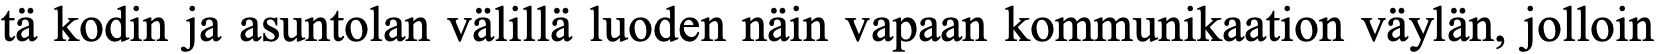
tä kodin ja asuntolan välillä luoden näin vapaan kommunikaation väylän, jolloin